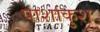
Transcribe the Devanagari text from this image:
पाशांकुश